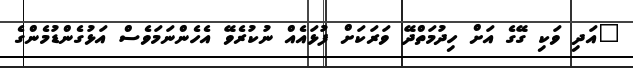
"އަދި ވަކި ގޭގެ އަށް ހިދުމަތްދޭ ވަރަކަށް ފުޅައެއް ނުކުރެވޭ އެހެންނަމަވެސް އަޅުގެންޑުމެންގެ